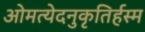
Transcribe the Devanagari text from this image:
ओमत्येदनुकृतिर्हस्म